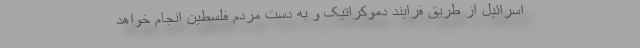
اسرائیل از طریق فرایند دموکراتیک و به دست مردم فلسطین انجام خواهد